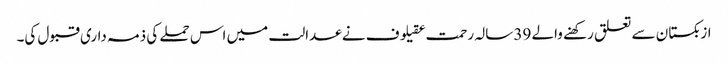
ازبکستان سے تعلق رکھنے والے 39 سالہ رحمت عقیلوف نے عدالت میں اس حملے کی ذمہ داری قبول کی۔